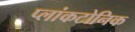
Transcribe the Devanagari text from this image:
प्लांकटोनिक